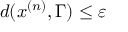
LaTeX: d ( x ^ { ( n ) } , \Gamma ) \leq \varepsilon